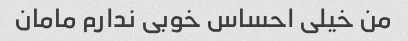
من خیلی احساس خوبی ندارم مامان